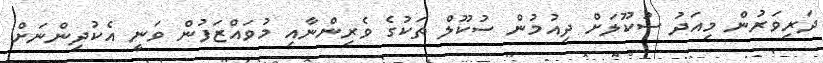
ދަރިވަރުން މިއަދު ސުކޫލަށް ދިއުމުން ސުކޫލް ތަކުގެ ވެރިންނާއި މުވައްޒަފުން ވަނީ އެކުދިންނަށް